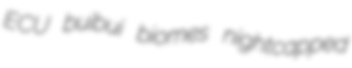
ECU buibui biomes nightcapped